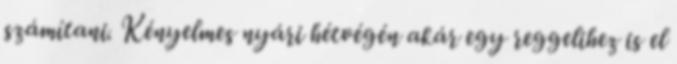
számítani. Kényelmes nyári hétvégén akár egy reggelihez is el